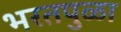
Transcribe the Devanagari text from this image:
भरतपुळा